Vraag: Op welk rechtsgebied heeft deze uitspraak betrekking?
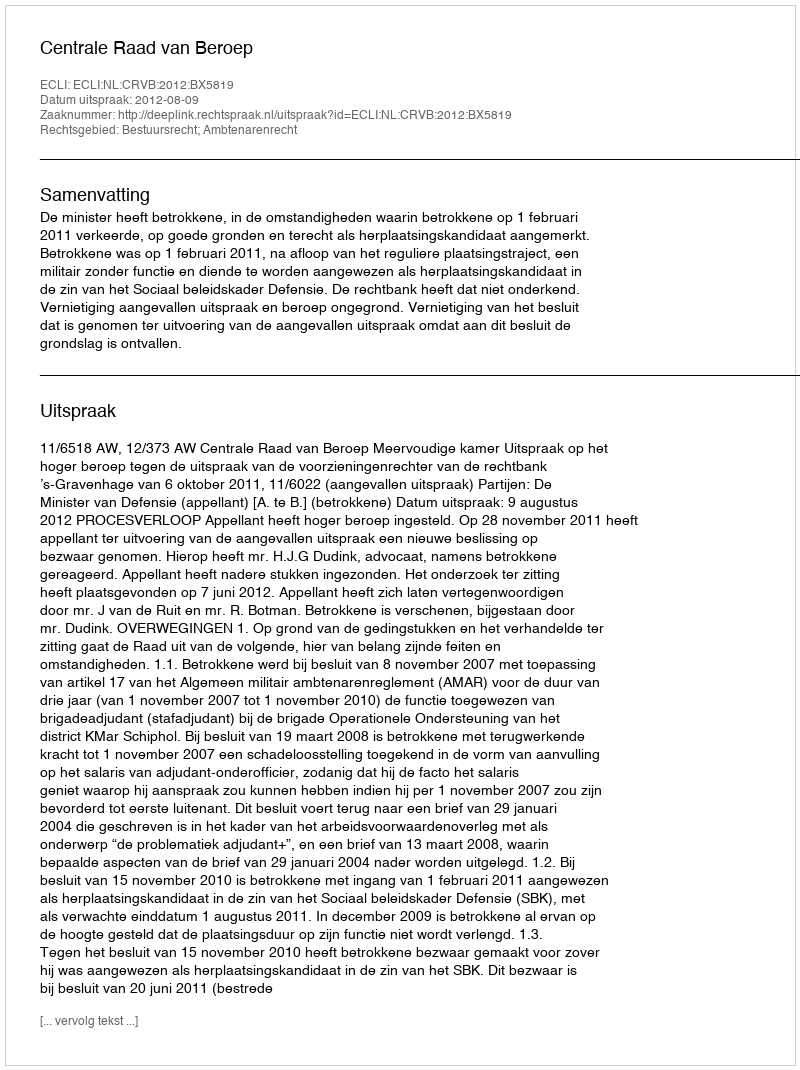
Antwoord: Bestuursrecht; Ambtenarenrecht